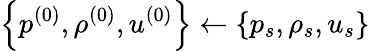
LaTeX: \left\{ p^{(0)},\rho^{(0)},u^{(0)}\right\} \gets\left\{ p_{s},\rho_{s},u_{s}\right\}